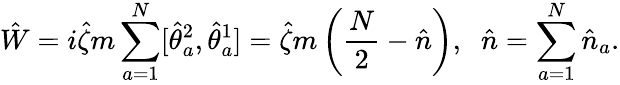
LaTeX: \hat{W}=i\hat{\zeta}m\sum_{a=1}^{N}[\hat{\theta}_{a}^{2},\hat{\theta}_{a}^{1}]=\hat{\zeta}m\left(\frac{N}{2}-\hat{n}\right),\; \; \hat{n}=\sum_{a=1}^{N}\hat{n}_{a}.